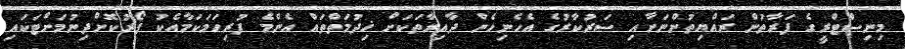
މިނިސްޓްރީގެ ފަރާތުން ރައްޔިތުންނަށާއި ސަރުކާރުގެ އެހެނިހެން ދާއިރާތަކަށް ޚިދުމަތްތައް އެންމެ ފުރިހަމަކަމާއެކު ފޯރުކޮށްދިނުމަށްޓަކައި